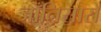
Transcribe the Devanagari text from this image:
जाँनिसारों